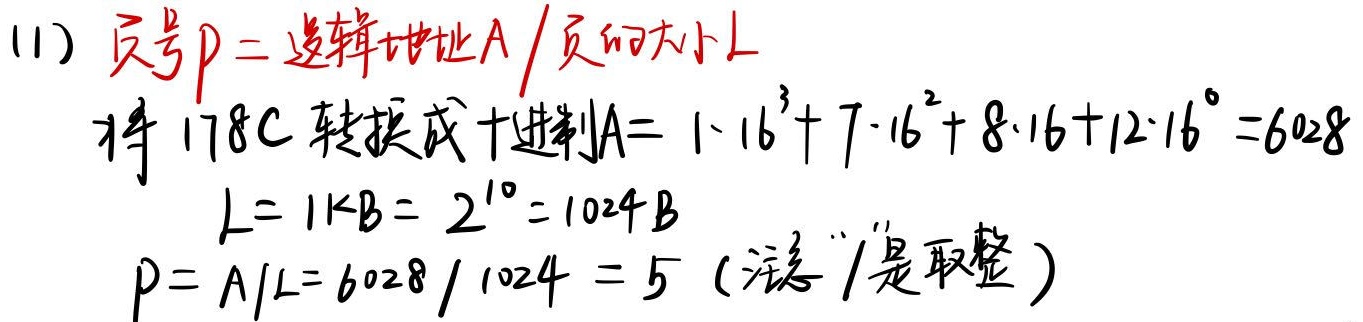
(1) 页号\(p =\)逻辑地址\(A\)/页的大小\(L\)
将 \(178C\) 转换成十进制
\(A = 1\times16^{3}+7\times16^{2}+8\times16 + 12\times16^{0}=6028\)
\[\begin{align*}
L&=1\text{KB}=2^{10}=1024\text{B}\\
p&=A/L = 6028\div1024 = 5 \text{ (注意“/”是取整)}
\end{align*}\]